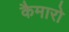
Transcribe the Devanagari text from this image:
कैमारो